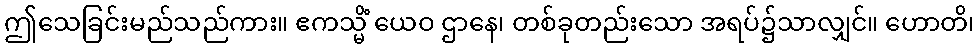
ဤသေခြင်းမည်သည်ကား။ ဧကသ္မိံ ယေဝ ဌာနေ၊ တစ်ခုတည်းသော အရပ်၌သာလျှင်။ ဟောတိ၊